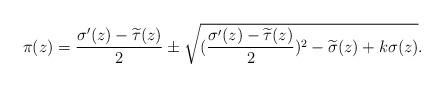
LaTeX: \begin{align*}\pi(z)=\frac{\sigma'(z)-\widetilde{\tau}(z)}{2}\pm\sqrt{(\frac{\sigma'(z)-\widetilde{\tau}(z)}{2})^{2}-\widetilde{\sigma}(z)+k\sigma(z)}.\end{align*}